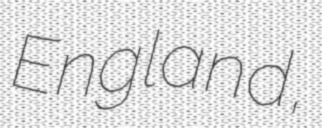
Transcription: England,